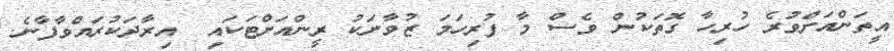
އީތަންއަށްވުރެ ހުރިހާ ގޮތަކުން ވެސް މާ ފުރިހަމަ ޒުވާނަކު ރީންއަށްޓަކައި  އިރާދަކުރައްވާފާނެ.